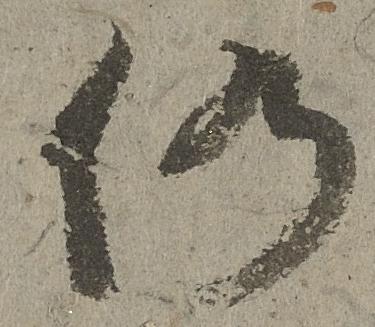
仍